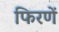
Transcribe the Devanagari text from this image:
फिरणें